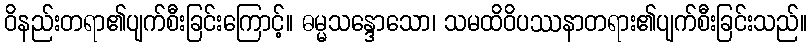
ဝိနည်းတရာ၏ပျက်စီးခြင်းကြောင့်။ ဓမ္မသန္ဒောသော၊ သမထိဝိပဿနာတရား၏ပျက်စီးခြင်းသည်။